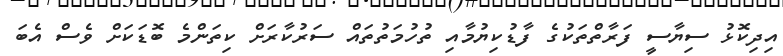
އިދިކޮޅު ސިޔާސީ ފަރާތްތަކުގެ ފާޑުކިޔުމާއި ތުހުމަތުތައް ސަރުކާރަށް ކިތަންމެ ބޮޑަކަށް ވެސް އެބަ